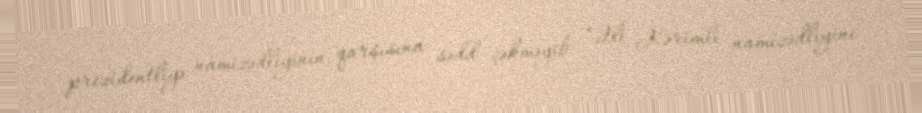
prezidentliyə namizədliyinin qarşısına sədd çəkməyib: “Əli Kərimli namizədliyini